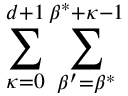
\sum _ { \kappa = 0 } ^ { d + 1 } \sum _ { \beta ^ { \prime } = \beta ^ { * } } ^ { \beta ^ { * } + \kappa - 1 }